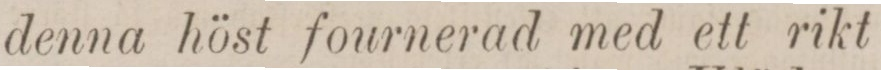
denna höst fournerad med ett rikt